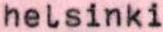
helsinki